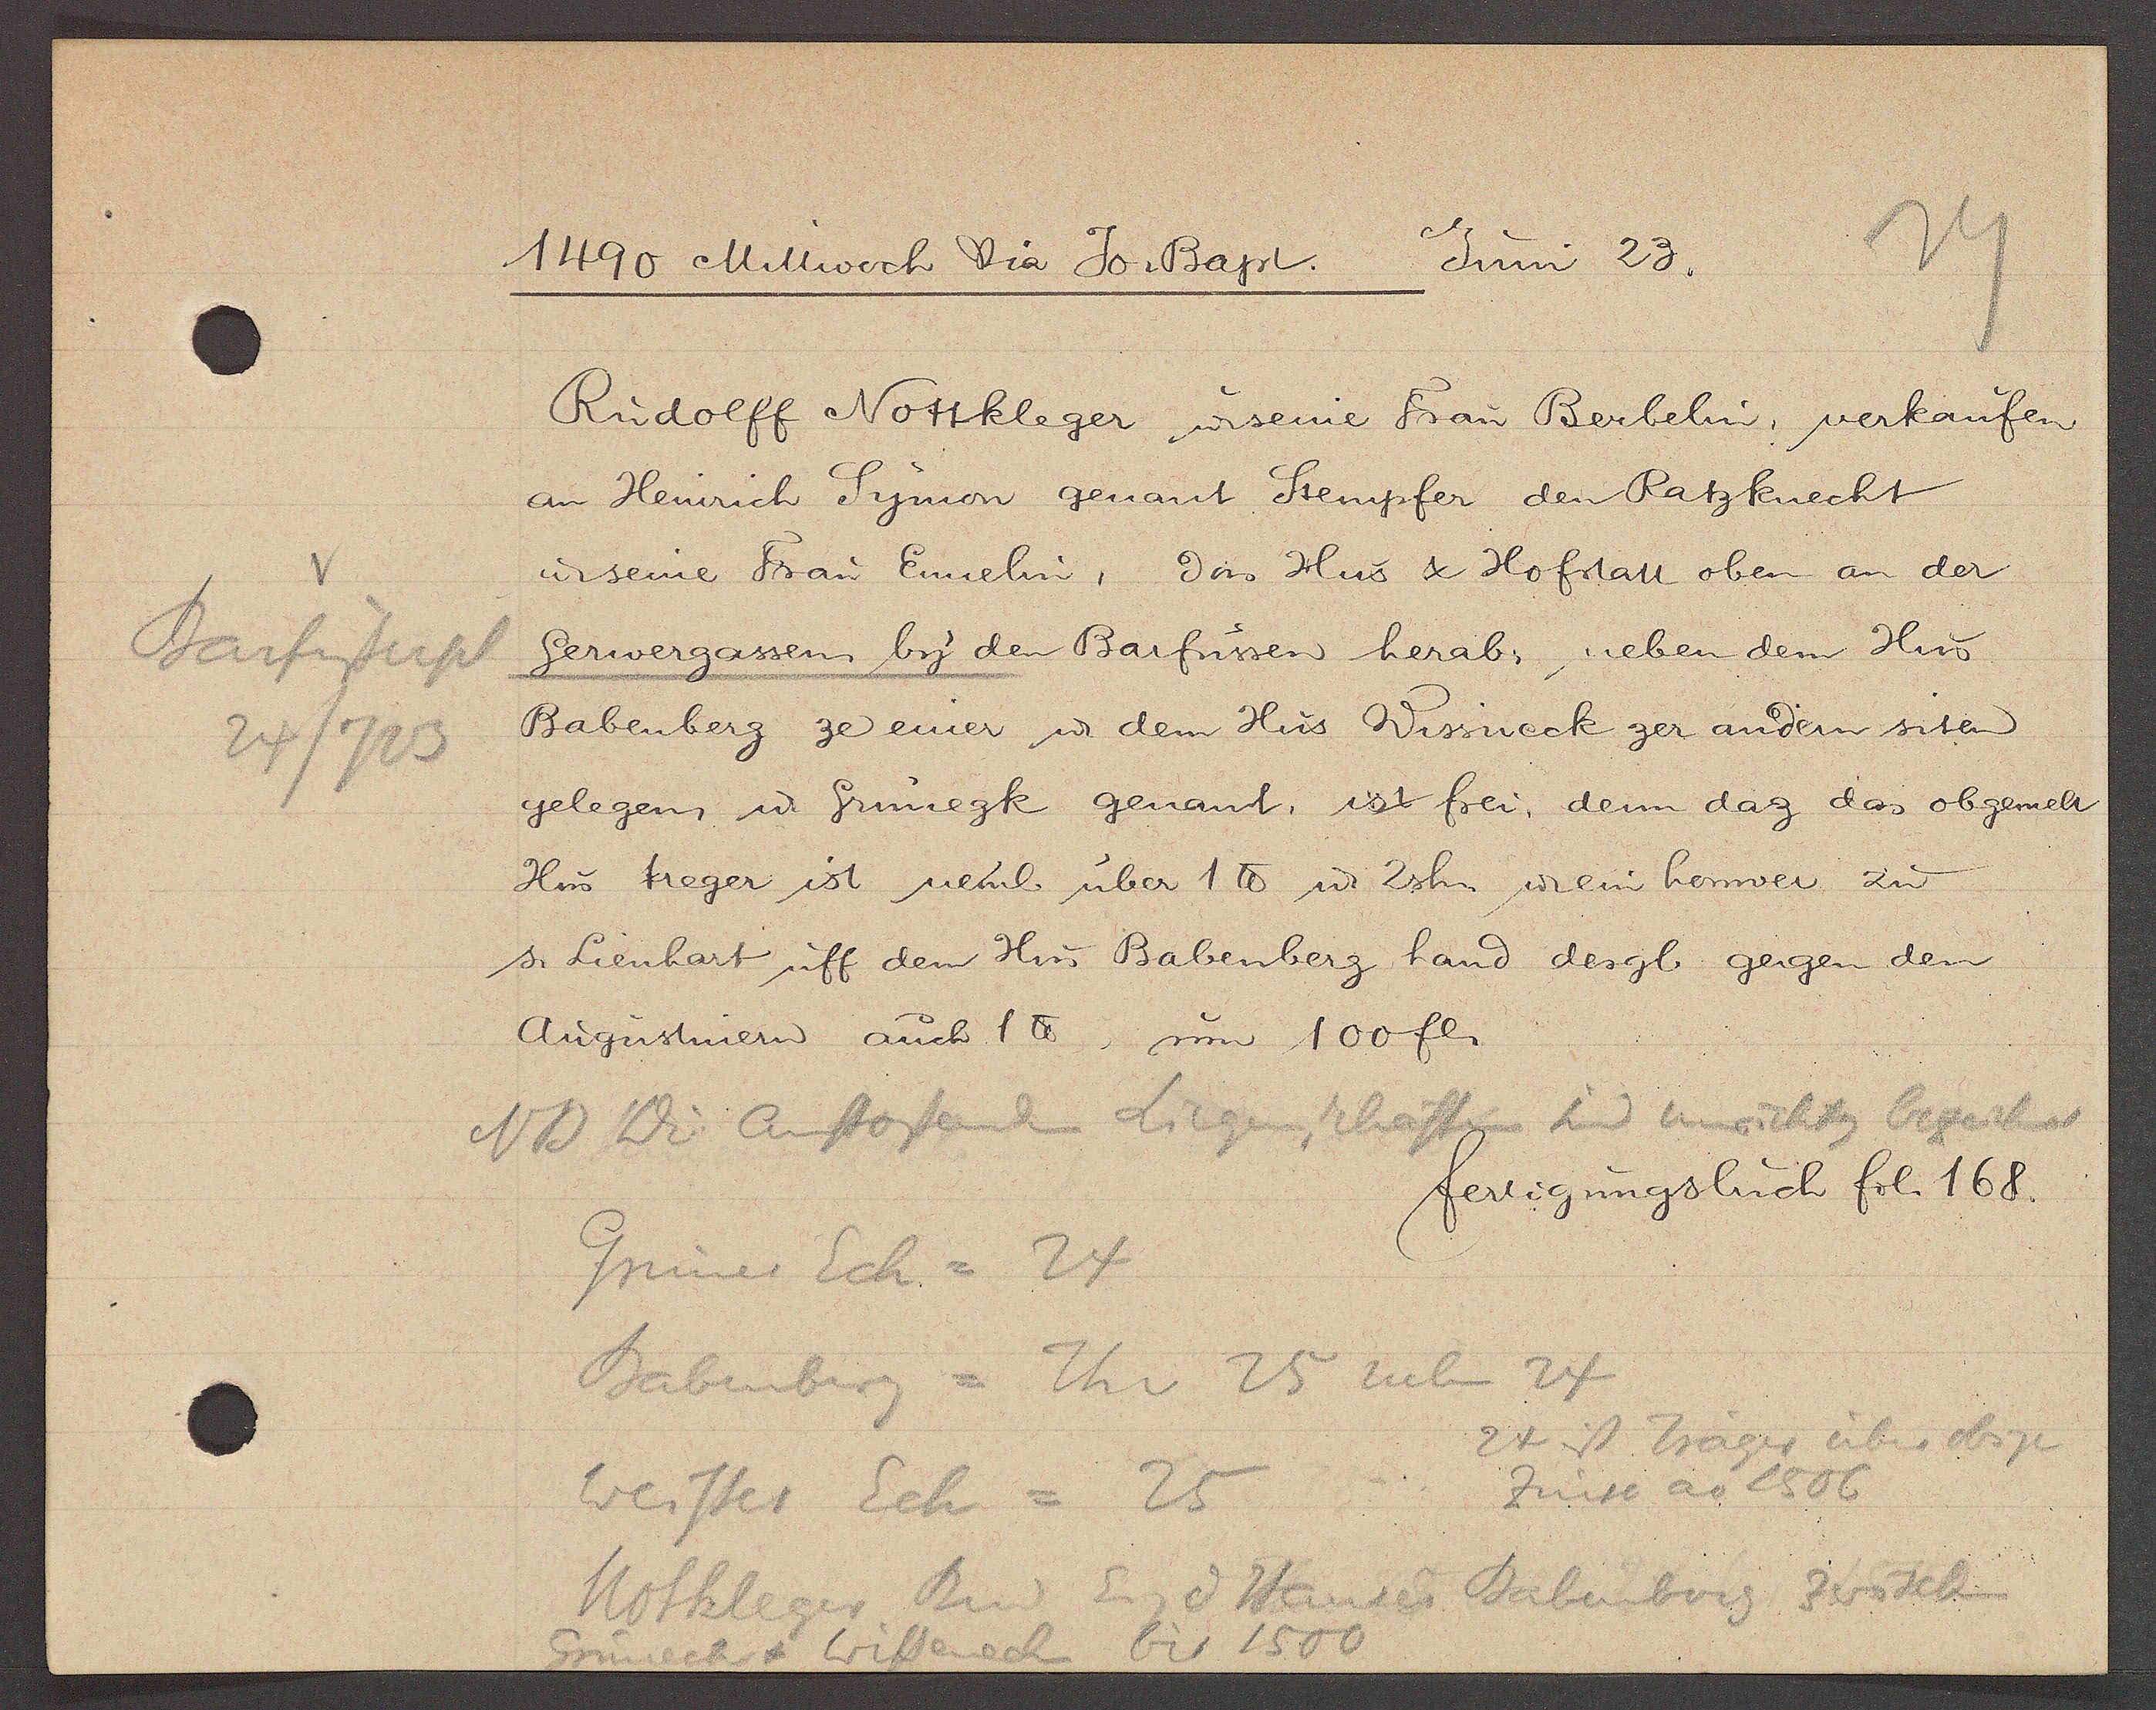
Transcript:
Barfüsserpl
24/723

1490 Mittwoch Via Jo. Bapt.
Juni 23.

Rudolff Nottkleger u. seine Frau Berbelin, verkaufen
an Heinrich Symon genant Stempfer den Ratzknecht
u seine Frau Ennelin, das Hus & Hofstatt oben an der
Gerwergassen by den Barfussen herab, neben dem Hus
Babenberg ze einer ư dem Hus Wissneck zer andern siten
gelegen, ư Grünegk genant, ist frei, denn daz das obgemelt
Hus treger ist neml. über 1 ℔ ư 2sh. ư ein hower zu
s. Lienhart uff dem Hus Babenberg hand desgl. gegen den
Augustinern auch 1℔, um 100 fl.

fertigungsbuch fol. 168.

NB Die anstossenden Liegenschaften und unrichtig bezeichnet
Grüner Eck = 24
Babenberg = Th v 25 neben 24
24 ist Träger über diese
Zinse ao 1506
Weisser Eck = 25
Notkleger Rud Eig d Hauses Babenberg zwischen
Grüneck & wisseneck bis 1500